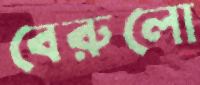
বেরুলো